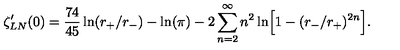
\zeta _ { L N } ^ { \prime } ( 0 ) = { \frac { 7 4 } { 4 5 } } \ln ( r _ { + } / r _ { - } ) - \ln ( \pi ) - 2 \sum _ { n = 2 } ^ { \infty } n ^ { 2 } \ln \Bigr [ 1 - ( r _ { - } / r _ { + } ) ^ { 2 n } \Bigr ] .